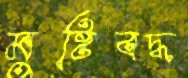
মুষ্টিবদ্ধ